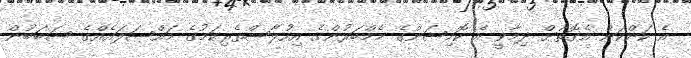
އެ ކަންކަން އެގޮތަށް ދިމާވީ އެ ކޮމިޝަންގެ މެމްބަރުންގެ އިހުލާސްތެރިކަމުގެ މައްސަލައެއްގެ ސަބަބުން